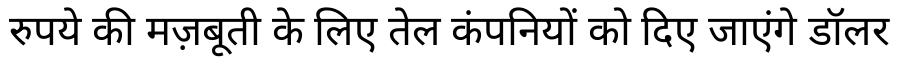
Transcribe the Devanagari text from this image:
रुपये की मज़बूती के लिए तेल कंपनियों को दिए जाएंगे डॉलर